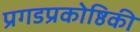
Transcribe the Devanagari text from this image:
प्रगडप्रकोष्ठिकी